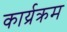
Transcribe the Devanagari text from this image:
कार्य्रक्रम